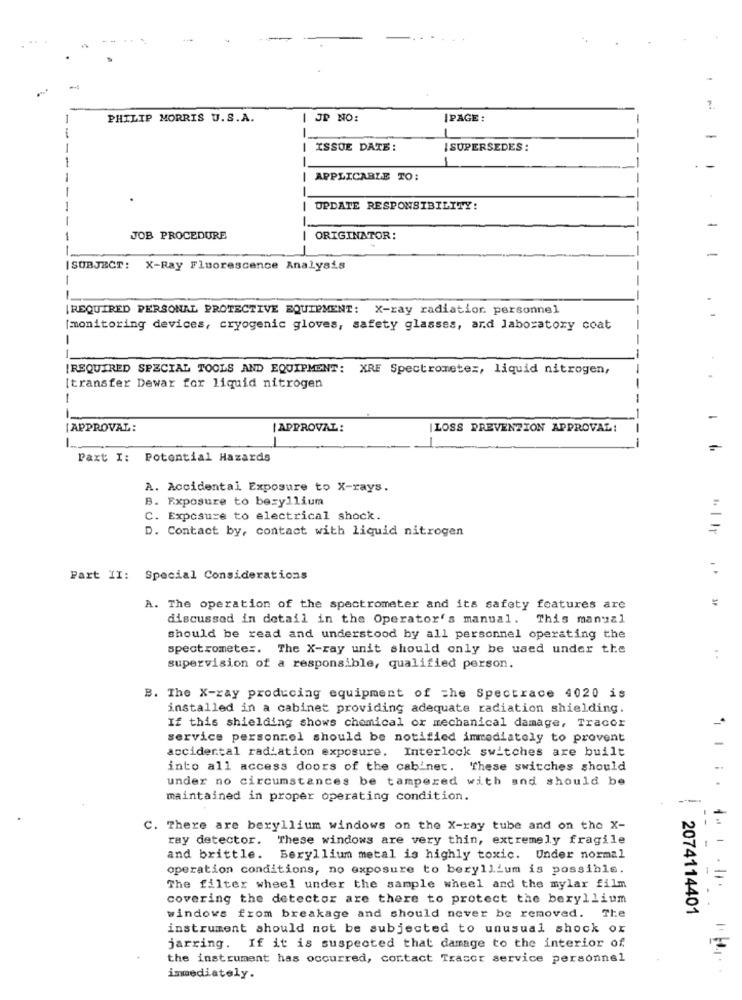
1.
PHILIP MORRIS U.S.A.
I JP NO:
|PAGE :
-
| ISSUE DATE:
I SUPERSEDES :
---
-
-
APPLICABLE TO:
-
| UPDATE RESPONSIBILITY:
JOB PROCEDURE
| ORIGINATOR:
------
|SUBJECT: X-Ray Fluorescence Analysis
-
REQUIRED PERSONAL PROTECTIVE EQUIPMENT: X-ray radiatior. personnel
[monitoring devices, cryogenic gloves, safety glasses, and laboratory coat
---
[REQUIRED SPECIAL TOOLS AND EQUIPMENT: XRE Spectrometer, liquid nitrogen,
[transfer Dewar for liquid nitrogen
1
-
[APPROVAL:
| APPROVAL :
|LOSS PREVENTION APPROVAL!
Paxt I: Potential Hazards
A. Accidental Exposure to X-rays.
B. Exposure to beryllium
C. Exposure to electrical shock.
D. Contact by, contact with liquid nitrogen
=
-
Part II: Special Considerations
=
A. The operation of the spectrometer and its safety features are
discussed in detail in the Operator's manual. This manual
should be read and understood by all personnel operating the
spectrometer. The X-ray unit should only be used under the
supervision of a responsible, qualified person.
B. The X-ray producing equipment of the Spectrace 4020 is
installed in a cabinet providing adequate radiation shielding.
If this shielding shows chemical or mechanical damage, Tracor
service personnel should be notified immediately to prevent
accidental radiation exposure. Interlock switches are built
into all access doors of the cabinet. These switches should
under no circumstances be tampered with and should be
maintained in proper operating condition.
C. There are beryllium windows on the X-ray tube and on the X-
1.
ray detector. These windows are very thin, extremely fragile
and brittle. Beryllium metal is highly toxic. Under normal
operation conditions, no exposure to beryllium is possible.
=
The filter wheel under the sample wheel and the mylar film
covering the detector are there to protect the beryllium
2074114401
windows from breakage and should never be removed. The
instrument should not be subjected to unusual shock ox
jarring. If it is suspected that damage to the interior of
the instrument has occurred, contact Trasor service personnel
immediately.